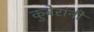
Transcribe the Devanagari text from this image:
कुबेरांनी